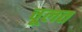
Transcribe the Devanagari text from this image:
चूलत